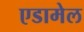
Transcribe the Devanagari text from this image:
एडामेल